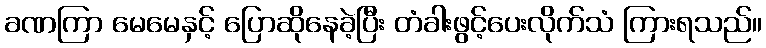
ခဏကြာ မေမေနှင့် ပြောဆိုနေခဲ့ပြီး တံခါးဖွင့်ပေးလိုက်သံ ကြားရသည်။